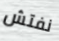
نفتش